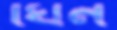
ঘিন